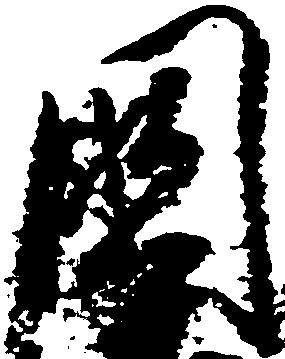
国